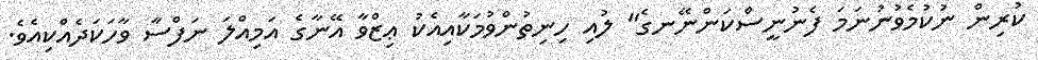
ކުރިން ނުކުމެވުނުނަމަ ފެނުނީސްކަންނޭނގެ" ލުއި ހިނިތުންވުމަކާއިއެކު ޢިޒްވާ އޭނާގެ އަމިއްލަ ނަފްސާ ވާހަކަދެއްކިއެވެ.